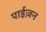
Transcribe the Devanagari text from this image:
पाईज़न